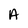
Character: A